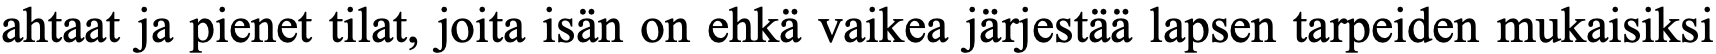
ahtaat ja pienet tilat, joita isän on ehkä vaikea järjestää lapsen tarpeiden mukaisiksi